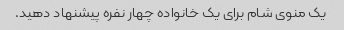
یک منوی شام برای یک خانواده چهار نفره پیشنهاد دهید.